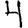
Digit: 4